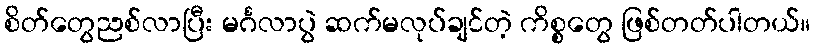
စိတ်တွေညစ်လာပြီး မင်္ဂလာပွဲ ဆက်မလုပ်ချင်တဲ့ ကိစ္စတွေ ဖြစ်တတ်ပါတယ်။